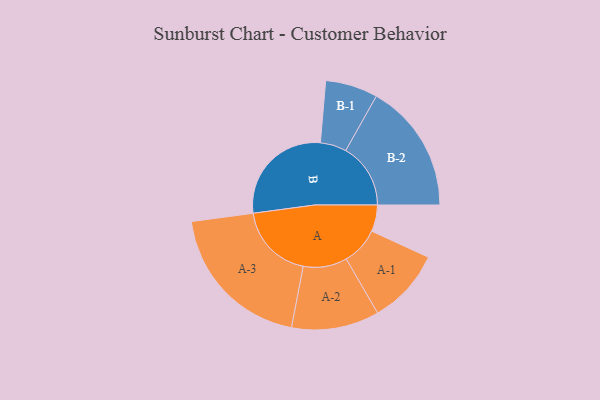
{"axis": {"x": "Segment", "y": "Value"}, "legend": ["", "A", "B"], "data": [{"x": "A", "y": 102, "type": ""}, {"x": "B", "y": 423, "type": ""}, {"x": "A-1", "y": 145, "type": "A"}, {"x": "A-2", "y": 169, "type": "A"}, {"x": "A-3", "y": 295, "type": "A"}, {"x": "B-1", "y": 101, "type": "B"}, {"x": "B-2", "y": 250, "type": "B"}]}